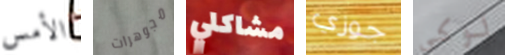
الأمس مجوهرات مشاكلي جوزي لوكي